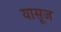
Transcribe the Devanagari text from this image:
यासूज